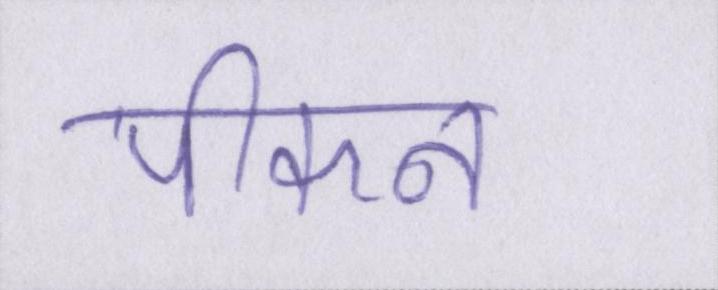
पीकन